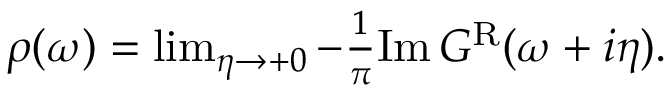
\begin{array} { r } { \rho ( \omega ) = \operatorname* { l i m } _ { \eta \rightarrow + 0 } - \frac { 1 } { \pi } \mathrm { I m } \, G ^ { \mathrm { R } } ( \omega + i \eta ) . } \end{array}